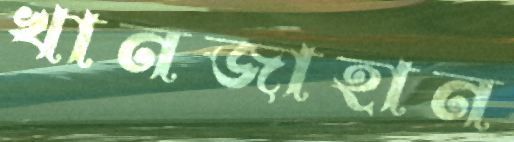
খানজাহান